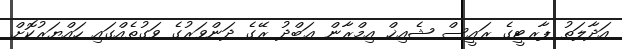
އަދާލަތު ޕާރޓީގެ ރައީސް ޝެއިޚް އިމްރާން ޢަބްދު ރޭގެ ދަންވަރުގެ ވަގުތެއްގައި ހައްޔަރުކޮށް